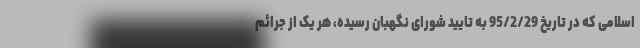
اسلامی که در تاریخ 95/2/29 به تایید شورای نگهبان رسیده، هر یک از جرائم